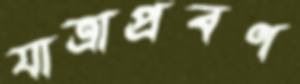
যাত্রাপ্রবণ